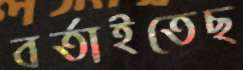
বর্তাইতেছ